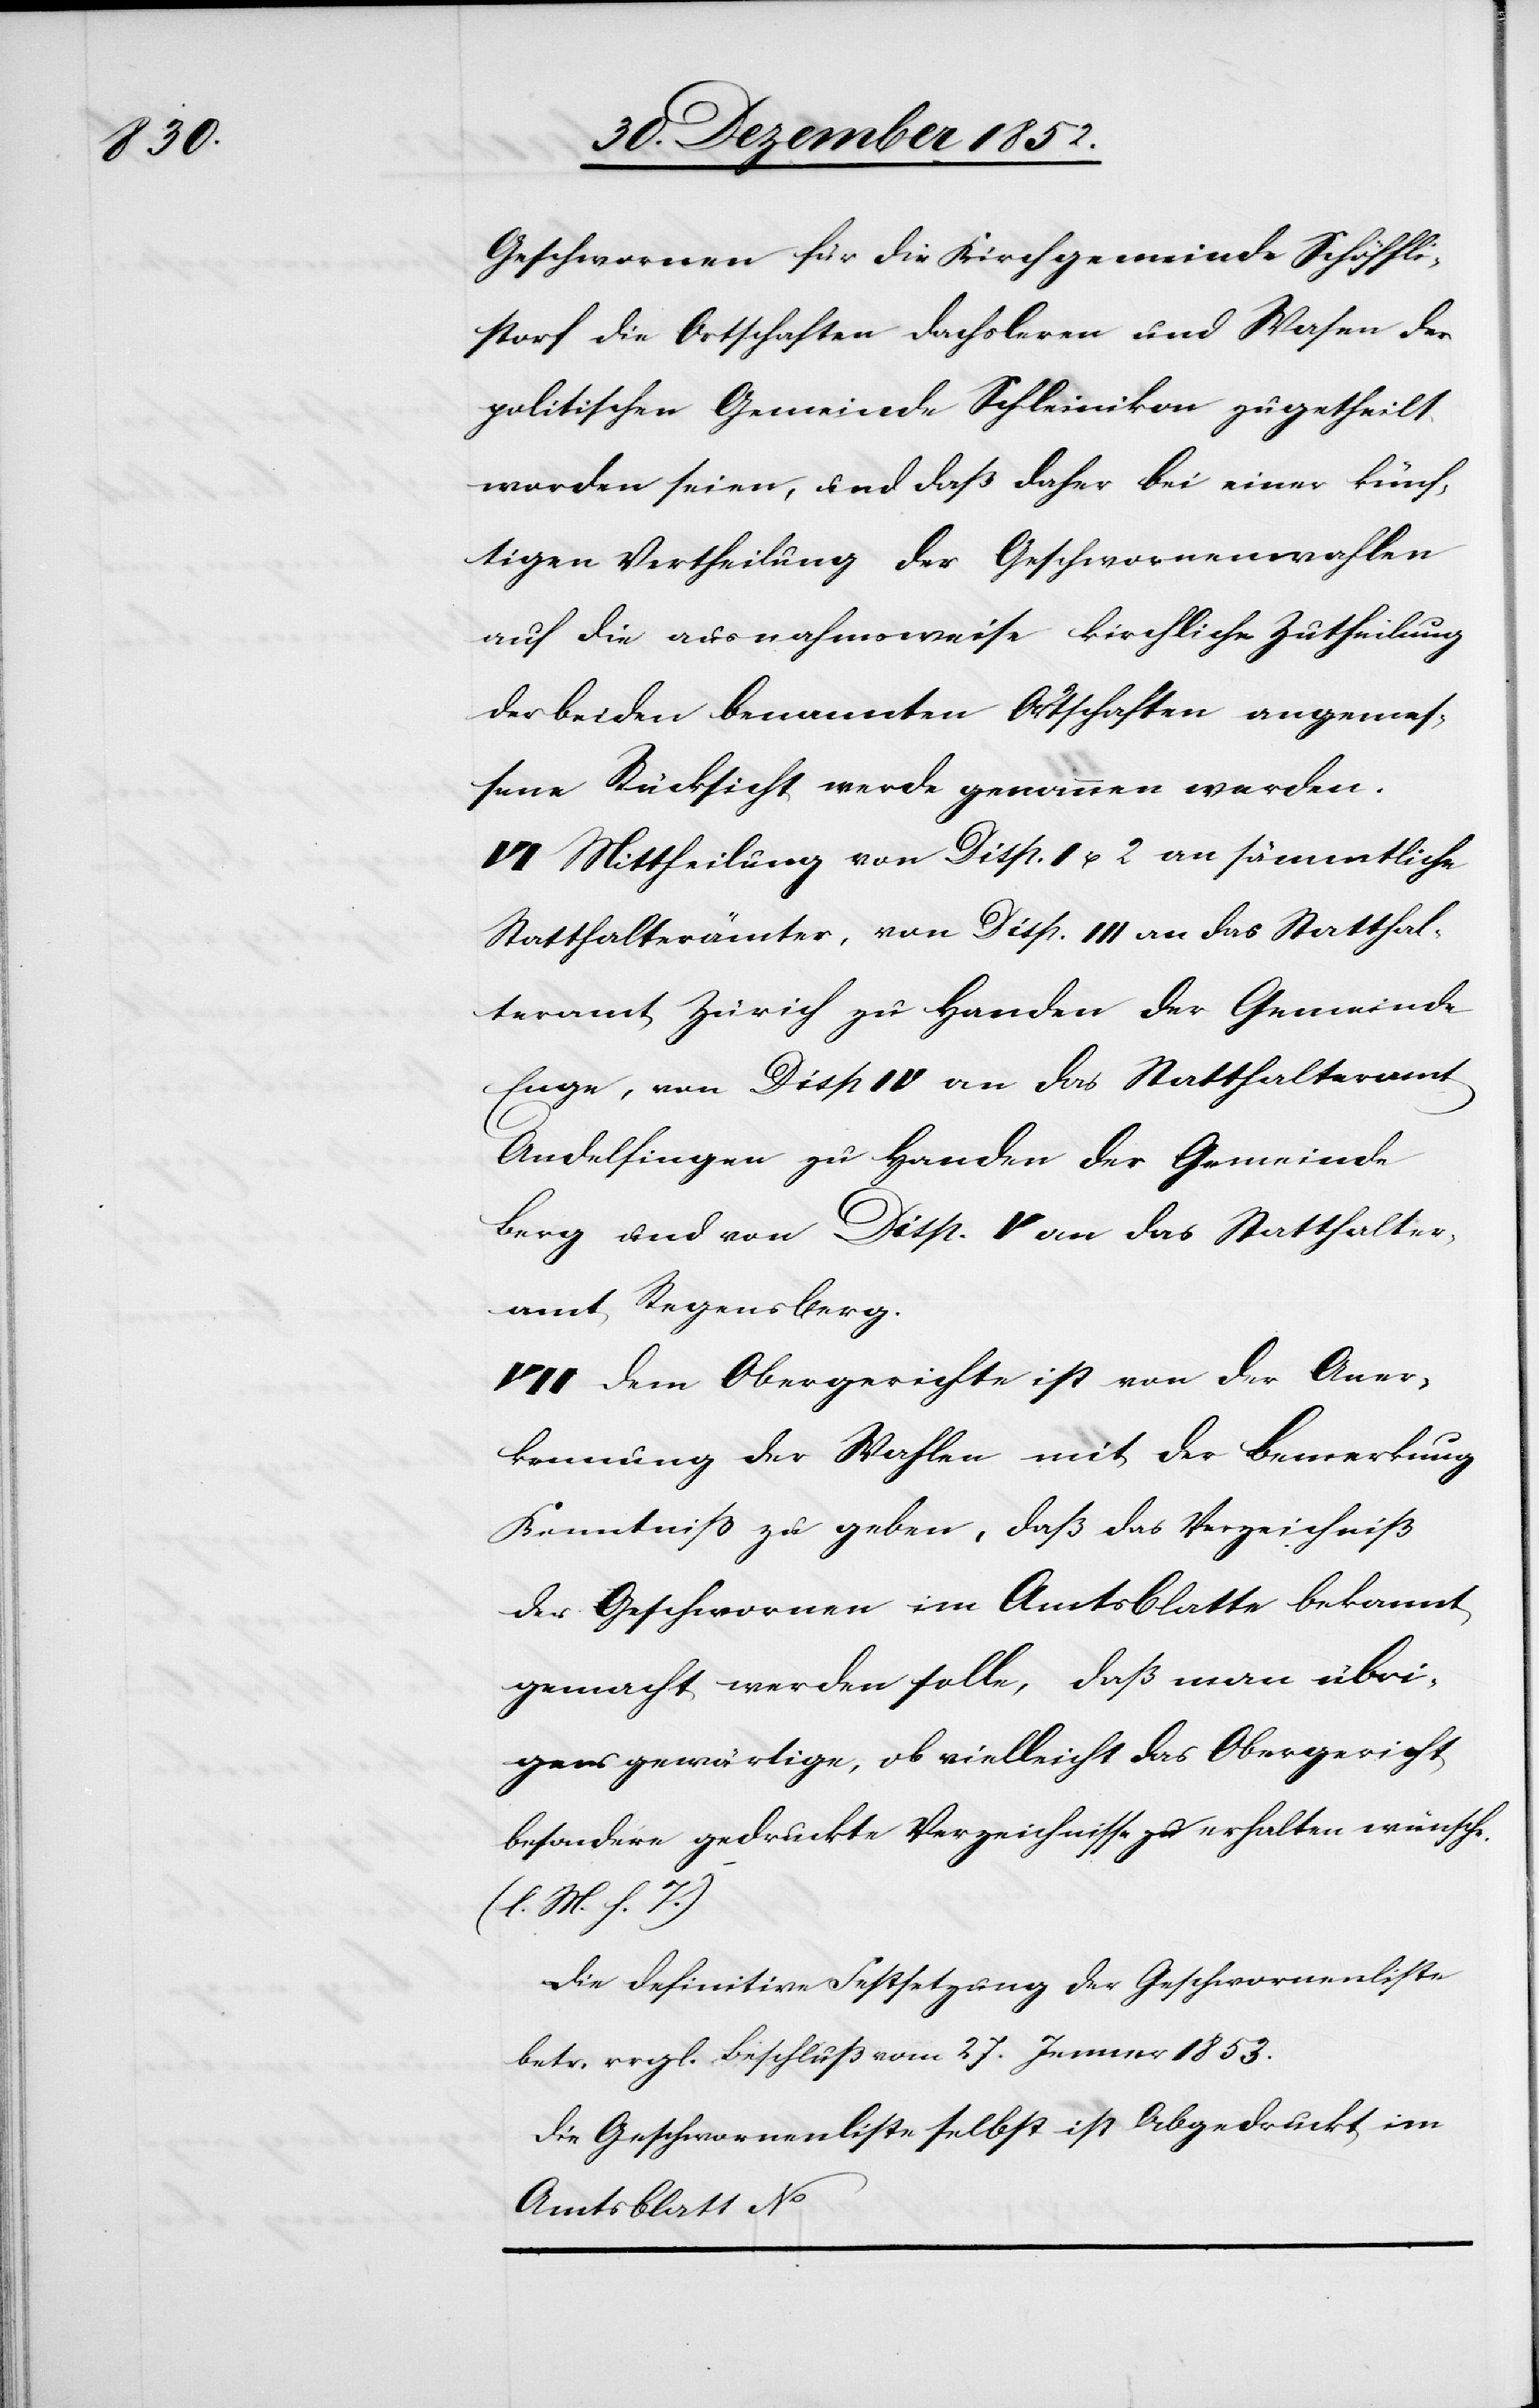
Geschwornen für die Kirchgemeinde Schöffli¬
storf die Ortschaften Dachsleren und Wasen der
politischen Gemeinde Schleinikon zugetheilt
worden seien, und daß daher bei einer künf¬
tigen Vertheilung der Geschwornenwahlen
auf die ausnahmsweise kirchliche Zutheilung
der beiden benannten Ortschaften angemes¬
sene Rücksicht werde genommen werden.
VI Mittheilung von Disp. I u. 2 [recte: II] an sämmtliche
Statthalterämter, von Disp. III an das Statthal¬
teramt Zürich zu Handen der Gemeinde
Enge, von Disp IV an das Statthalteramt
Andelfingen zu Handen der Gemeinde
Berg und von Disp. V an das Statthalter¬
amt Regensberg.
VII Dem Obergerichte ist von der Aner¬
kennung der Wahlen mit der Bemerkung
Kenntniß zu geben, daß das Verzeichniß
der Geschwornen im Amtsblatte bekannt
gemacht werden solle, daß man übri¬
gens gewärtige, ob vielleicht das Obergericht
besondere gedruckte Verzeichnisse zu erhalten wünsche.
(l. M. h. T.)
Die definitive Festsetzung der Geschwornenliste
betr. vrgl. Beschluß vom 27. Jenner 1853.
Die Geschwornenliste selbst ist Abgedruckt im
Amtsblatt No …